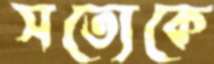
সত্যেকে